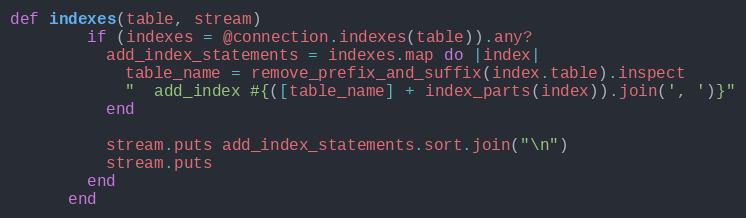
Language: Ruby
def indexes(table, stream)
        if (indexes = @connection.indexes(table)).any?
          add_index_statements = indexes.map do |index|
            table_name = remove_prefix_and_suffix(index.table).inspect
            "  add_index #{([table_name] + index_parts(index)).join(', ')}"
          end

          stream.puts add_index_statements.sort.join("\n")
          stream.puts
        end
      end